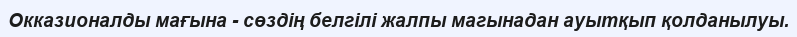
Окказионалды мағына - сөздің белгілі жалпы магынадан ауытқып қолданылуы.